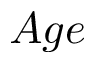
A g e